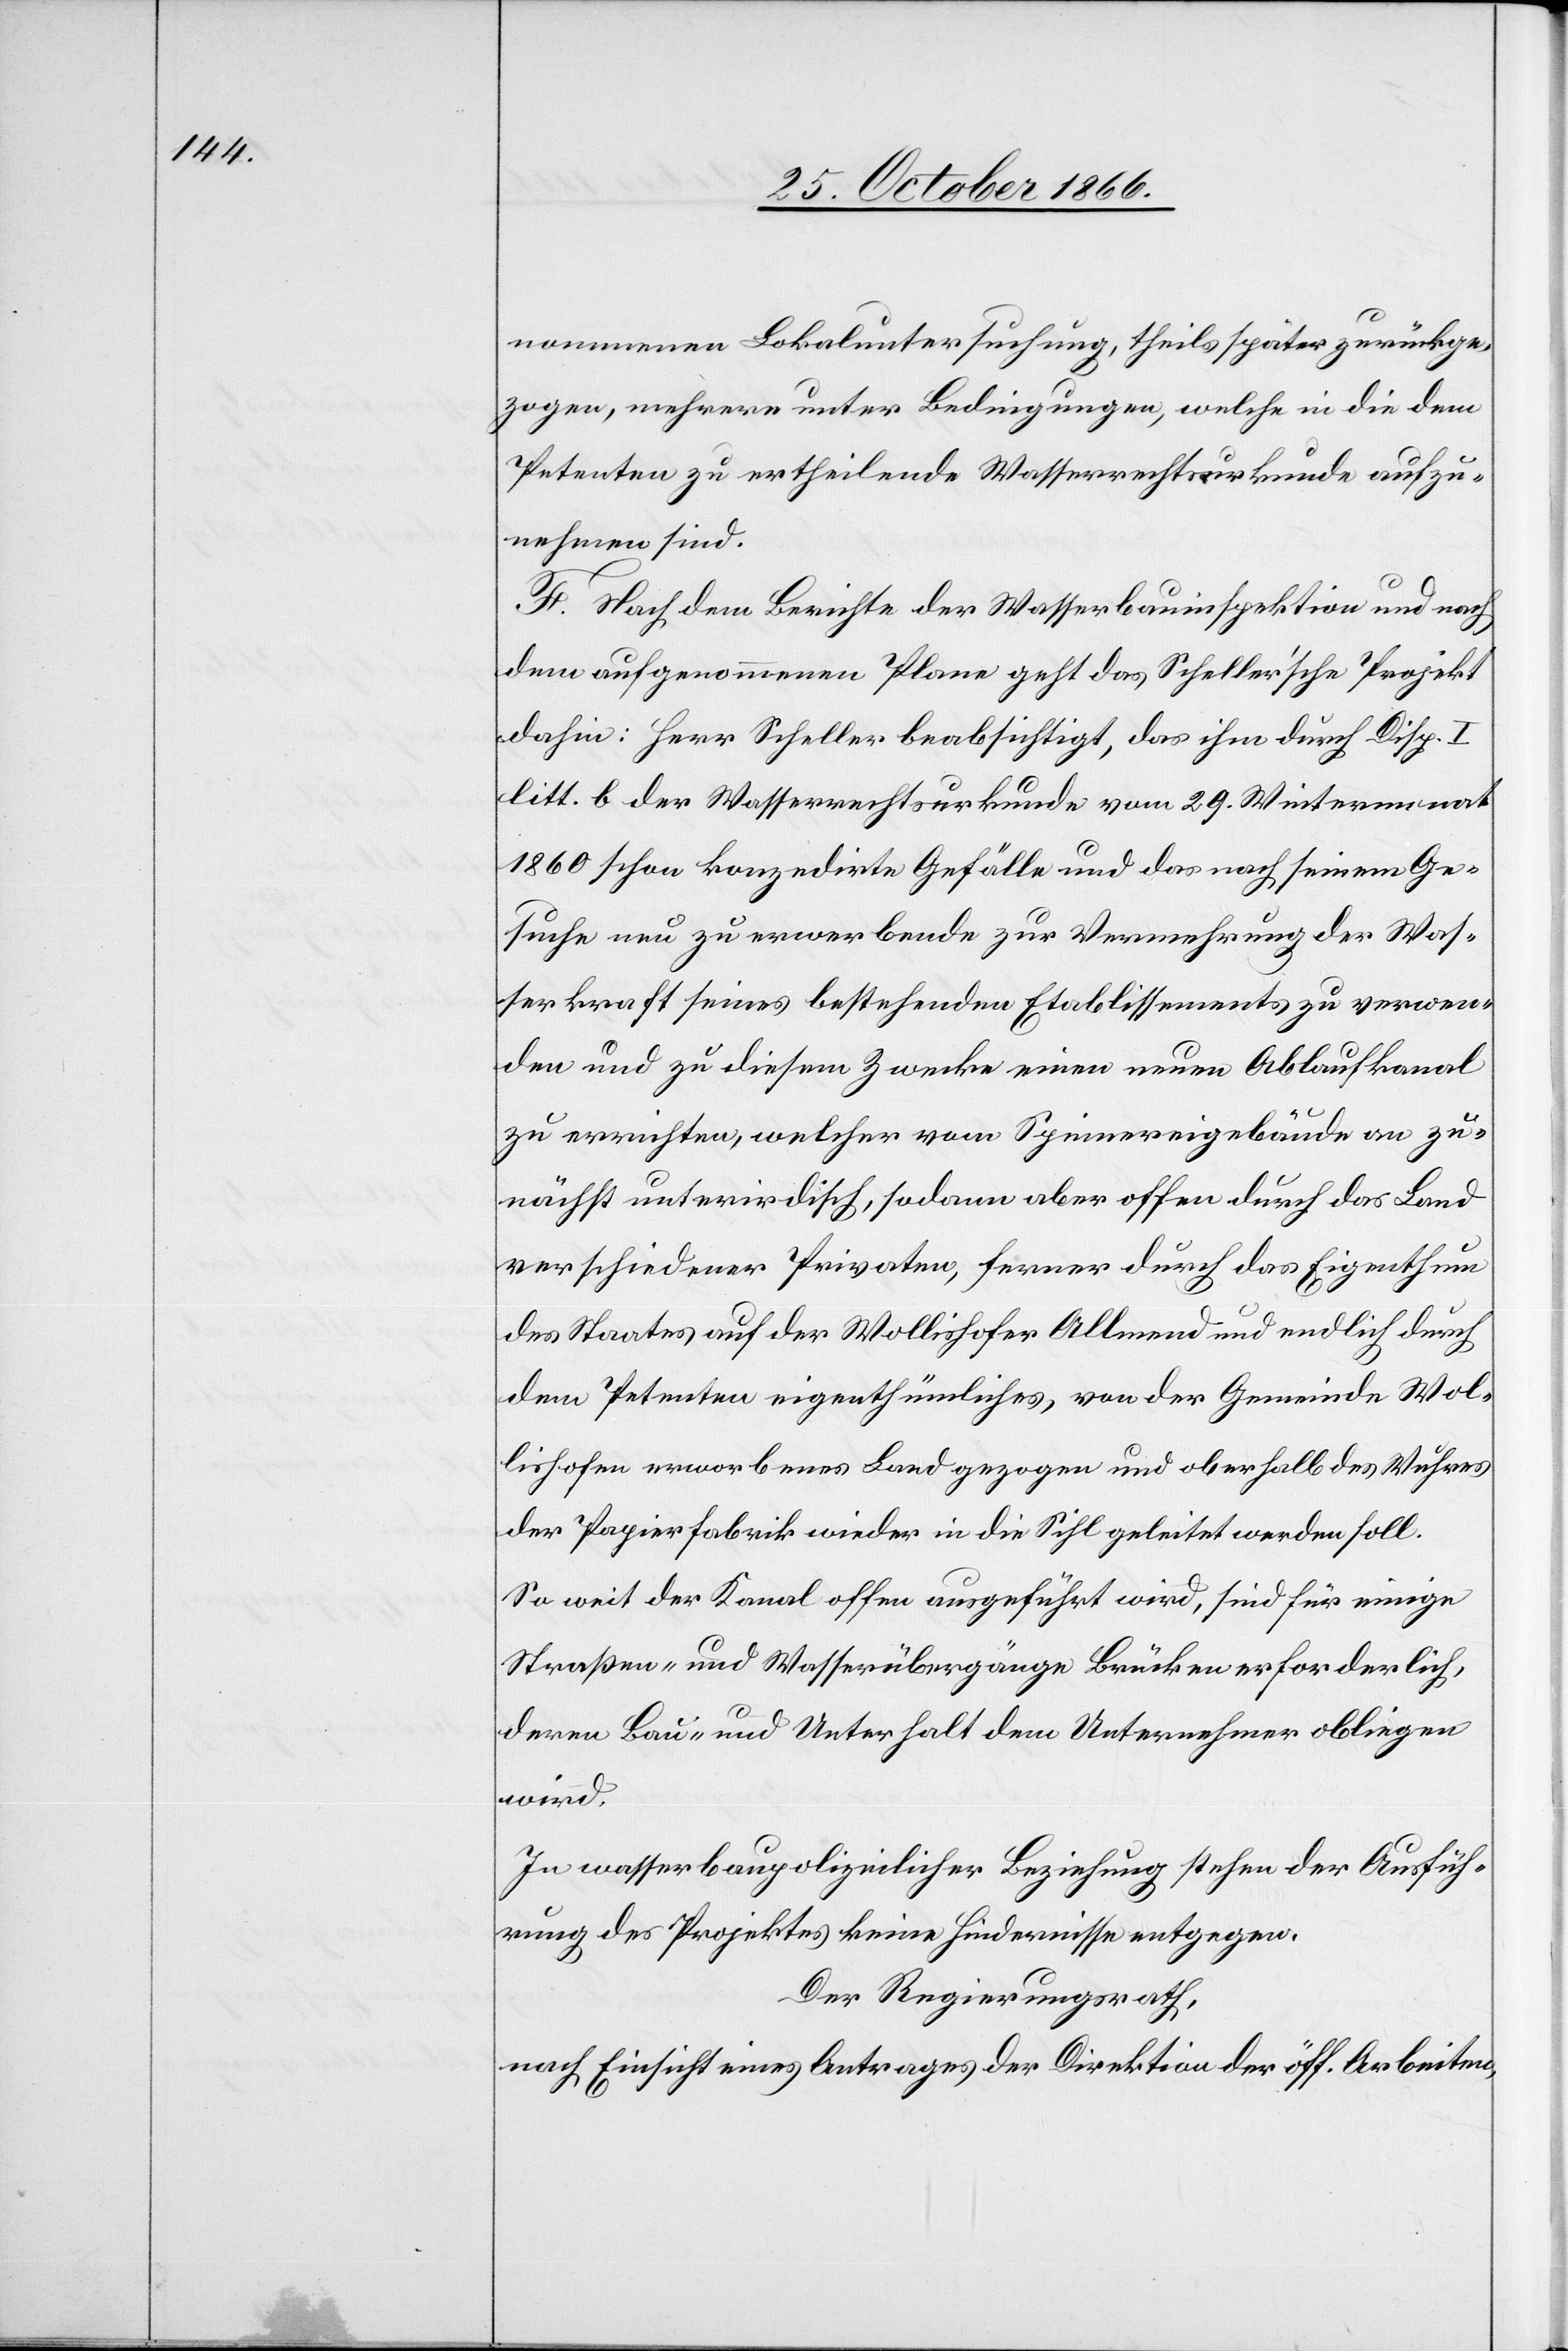
nommenen Lokaluntersuchung, theils später zurückge¬
zogen, mehrere unter Bedingungen, welche in die dem
Petenten zu ertheilende Wasserrechtsurkunde aufzu¬
nehmen sind.
F. Nach dem Berichte der Wasserbauinspektion und nach
dem aufgenommenen Plane geht das Scheller’sche Projekt
dahin: Herr Scheller beabsichtigt, das ihm durch Disp. I
litt. b der Wasserrechtsurkunde vom 29. Wintermonat
1860 schon konzedirte Gefälle und das nach seinem Ge¬
suche neu zu erwerbende zur Vermehrung der Was¬
serkraft seines bestehenden Etablissements zu verwen¬
den und zu diesem Zwecke einen neuen Ablaufkanal
zu errichten, welcher vom Spinnereigebäude an zu¬
nächst unterirdisch, sodann aber offen durch das Land
verschiedener Privaten, ferner durch das Eigenthum
des Staates auf der Wollishofer Allmend und endlich durch
dem Petenten eigenthümliches, von der Gemeinde Wol¬
lishofen erworbenes Land gezogen und oberhalb des Wuhres
der Papierfabrik wieder in die Sihl geleitet werden soll.
So weit der Kanal offen ausgeführt wird, sind für einige
Straßen- und Wasserübergänge Brücken erforderlich,
deren Bau und Unterhalt dem Unternehmer obliegen
wird.
In wasserbaupolizeilicher Beziehung stehen der Ausfüh¬
rung des Projektes keine Hindernisse entgegen.
Der Regierungsrath,
nach Einsicht eines Antrages der Direktion der öff. Arbeiten,